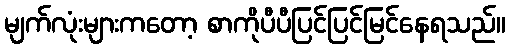
မျက်လုံးများကတော့ စာကိုပီပီပြင်ပြင်မြင်နေရသည်။